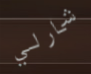
شارلي